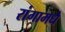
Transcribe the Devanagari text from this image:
रांगामधे